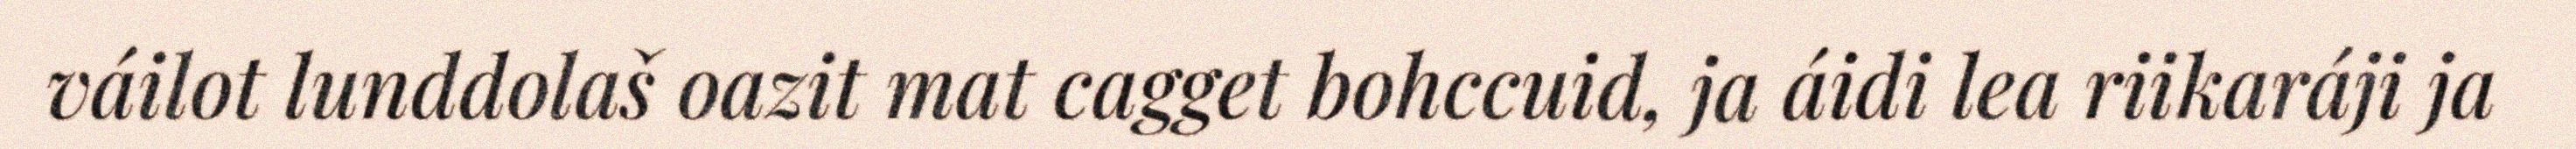
váilot lunddolaš oazit mat cagget bohccuid, ja áidi lea riikaráji ja